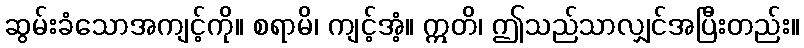
ဆွမ်းခံသောအကျင့်ကို။ စရာမိ၊ ကျင့်အံ့။ ဣတိ၊ ဤသည်သာလျှင်အပြီးတည်း။